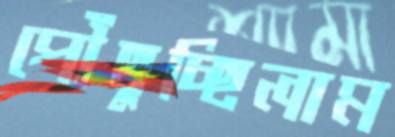
পৌঁছুচ্ছিলাম